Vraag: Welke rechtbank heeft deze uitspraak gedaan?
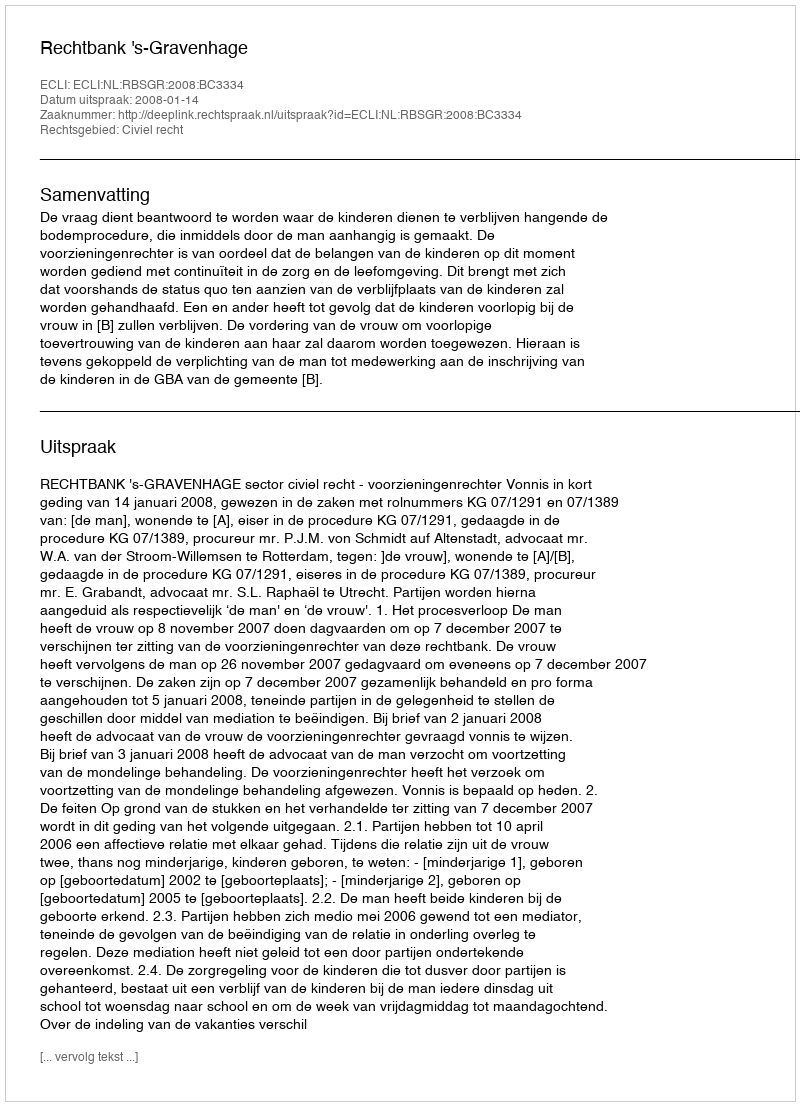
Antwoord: Rechtbank 's-Gravenhage